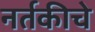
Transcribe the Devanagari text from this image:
नर्तकीचे